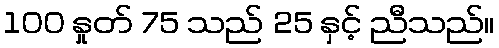
100 နှုတ် 75 သည် 25 နှင့် ညီသည်။